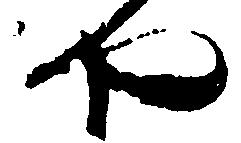
や